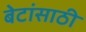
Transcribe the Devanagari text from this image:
बेटांसाठी